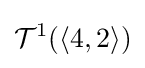
{\mathcal {T}}^{1}(\langle 4,2\rangle )